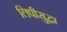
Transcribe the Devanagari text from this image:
लिपीसुद्धा